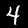
Label: 4